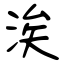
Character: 涘